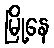
မြို့နေ